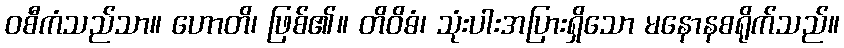
ဝစီကံသည်သာ။ ဟောတိ၊ ဖြစ်၏။ တိဝိဓံ၊ သုံးပါးအပြားရှိသော မနောနစရိုက်သည်။